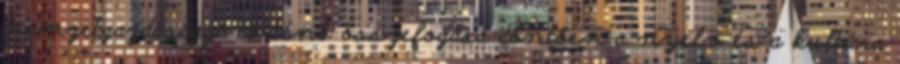
nemzetgazdasággá történő összefogása döntően a nyelv és a kultúra